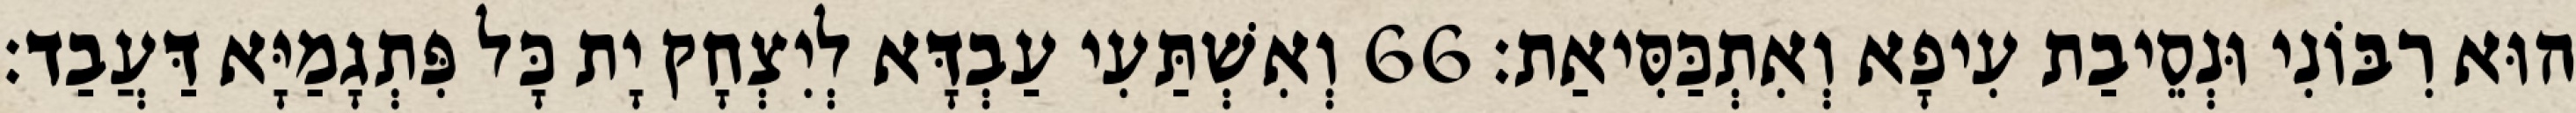
הוּא רִבּוֹנִי וּנְסֵיבַת עִיפָא וְאִתְכַּסִּיאַת׃ 66 וְאִשְׁתַּעִי עַבְדָּא לְיִצְחָק יָת כָּל פִּתְגָמַיָּא דַּעֲבַד׃